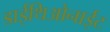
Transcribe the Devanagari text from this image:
डाईथिओनाईट